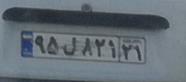
۹۵ل۸۲۱۲۱